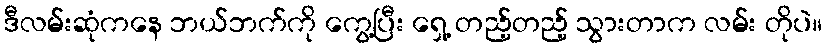
ဒီလမ်းဆုံကနေ ဘယ်ဘက်ကို ကွေ့ပြီး ရှေ့ တည့်တည့် သွားတာက လမ်း တိုပဲ။